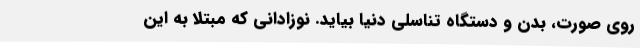
روی صورت، بدن و دستگاه تناسلی دنیا بیاید. نوزادانی که مبتلا به این